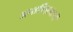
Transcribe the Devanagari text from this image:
अन्तरिक्षयानों